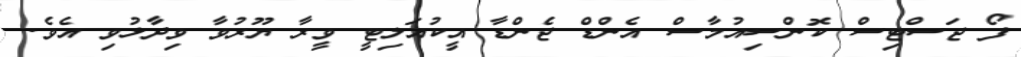
ފޯ ޖަސްޓިސް ކޮންސިއުމާސް އެންޑް ޖެންޑާ އީކުއަލިޓީ ވީރާ ޔޫރުވާ ވިދާޅުވި އެވެ.